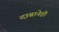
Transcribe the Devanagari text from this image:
दाबानेही